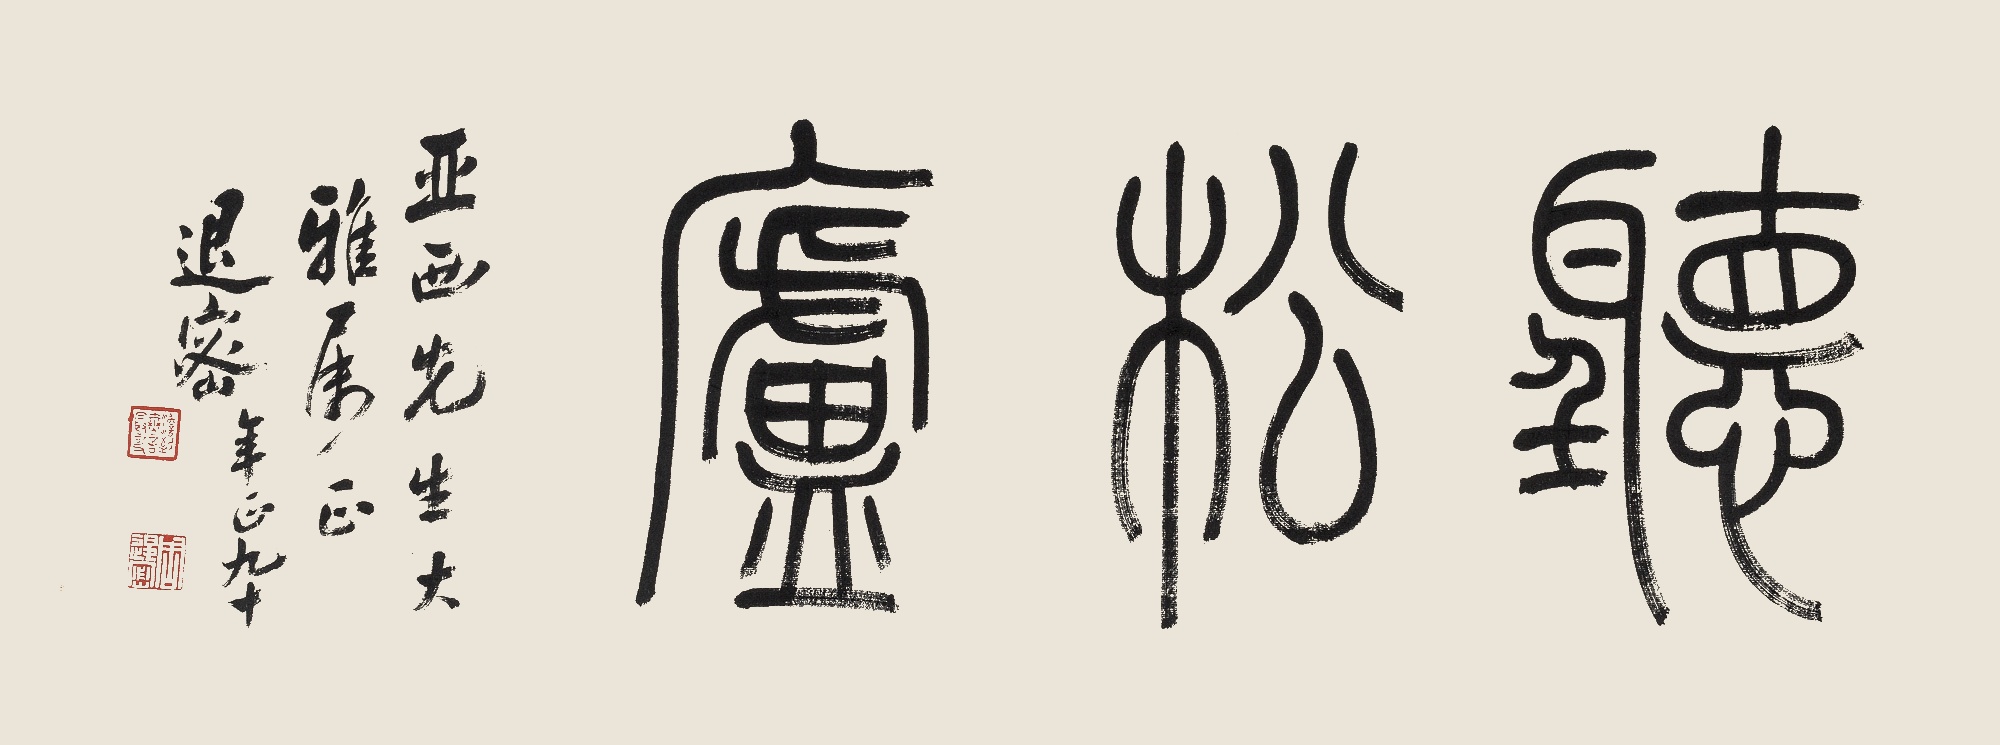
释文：听松庐亚西先生大雅属正。退密年正九十。